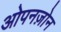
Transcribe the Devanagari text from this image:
ओपनज़ोन